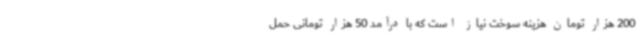
200 هزار تومان هزینه سوخت نیاز است که با درآمد 50 هزار تومانی حمل